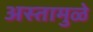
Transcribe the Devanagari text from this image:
अस्तामुळे